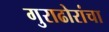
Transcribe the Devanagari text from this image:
गुराढोरांचा